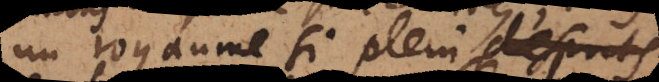
un royaume si plein d’esprits